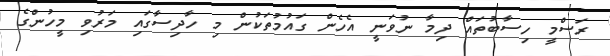
ރަސްމީ ހިސާބުތައް ދިމާ ނުވަނީ އެހެން ގައުމުތަކުން މި ހާދިސާގައި މަރުވި މީހުންގެ